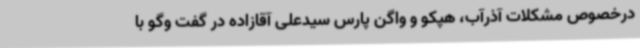
درخصوص مشکلات آذرآب، هپکو و واگن پارس سیدعلی آقازاده در گفت وگو با